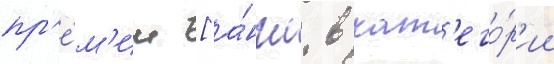
пр'е́м'ии [а́нгл. в кат'его́р'ии